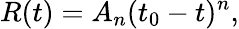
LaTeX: R(t)=A_{n}(t_{0}-t)^{n},